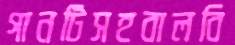
গানটিসহবালবি